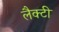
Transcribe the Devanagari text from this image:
लैक्टी